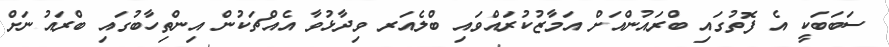
ސަބަބަކީ އެ ފޮތުގައި ބްރައުންއަށް އަމާޒުކުރައްވައި ބްލެއަރ ވިދާޅުވާ އެއްޗަކުން އިންތިހާބުގައި ބްރައުނަށް